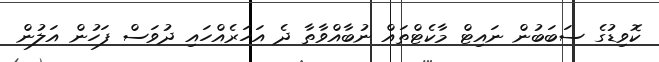
ކޮވިޑުގެ ސަބަބުން ނައިޓް މާކެޓްތައް ނުބާއްވާތާ ދެ އަހަރެއްހައި ދުވަސް ފަހުން އަލުން